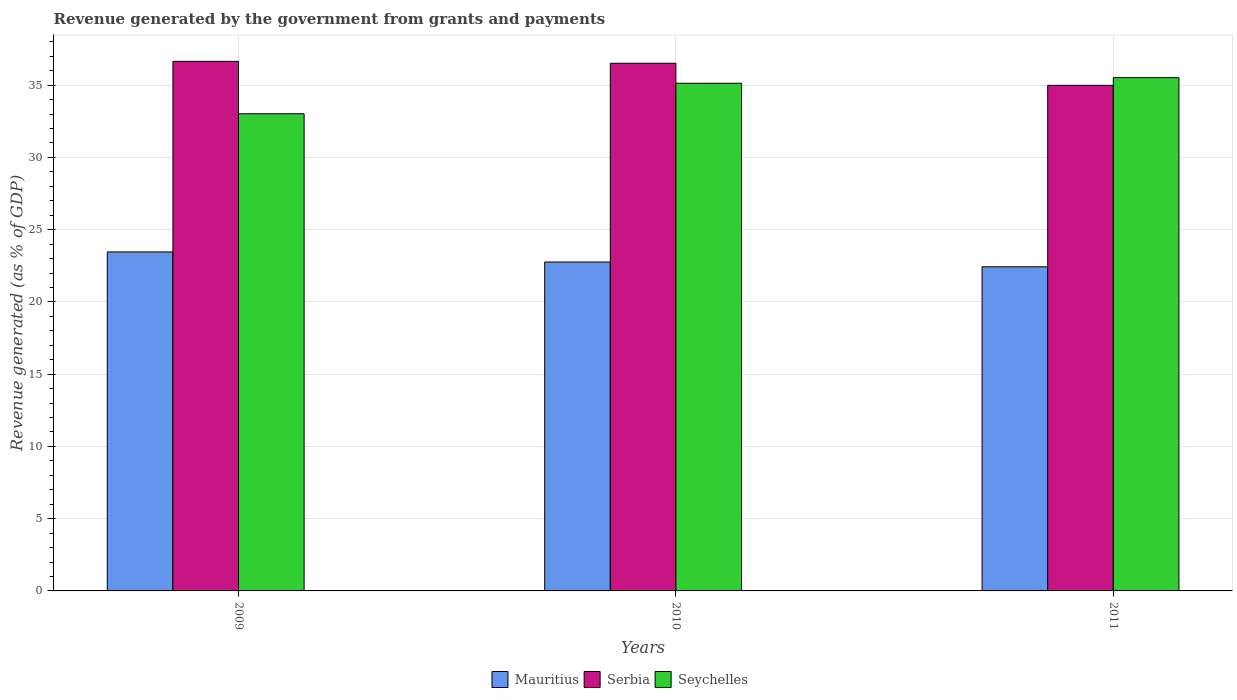
| Years | Mauritius | Serbia | Seychelles |
 | --- | --- | --- | --- |
 | 2009 | 23.5 | 36.7 | 33 |
 | 2010 | 22.8 | 36.5 | 35.1 |
 | 2011 | 22.4 | 35 | 35.5 |